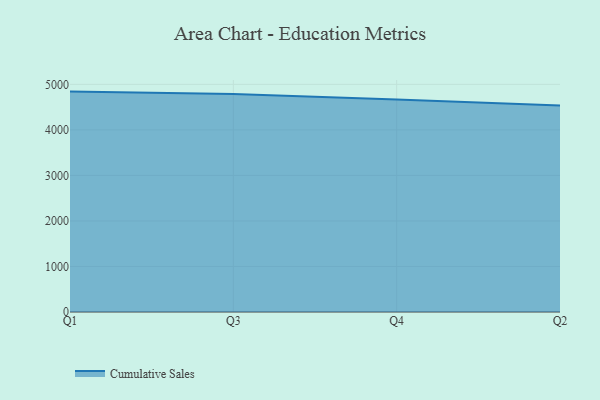
{"axis": {"x": "Quarter", "y": "Revenue (USD Million)"}, "legend": ["Cumulative Sales"], "data": [{"x": "Q1", "y": 4841.1, "type": "Cumulative Sales"}, {"x": "Q3", "y": 4789.8, "type": "Cumulative Sales"}, {"x": "Q4", "y": 4668.0, "type": "Cumulative Sales"}, {"x": "Q2", "y": 4534.9, "type": "Cumulative Sales"}]}